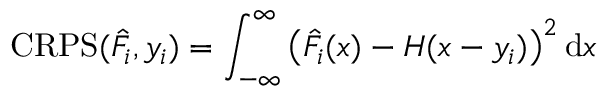
\mathrm { C R P S } ( \hat { F } _ { i } , y _ { i } ) = \int _ { - \infty } ^ { \infty } \left( \hat { F } _ { i } ( x ) - H ( x - y _ { i } ) \right) ^ { 2 } \mathrm { d } x